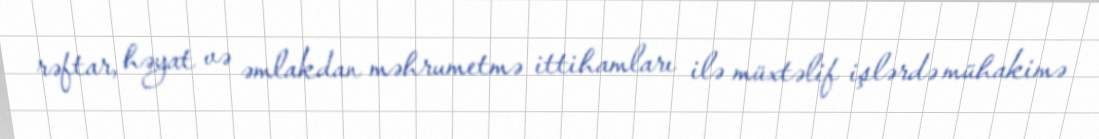
rəftar, həyat və əmlakdan məhrumetmə ittihamları ilə müxtəlif işlərdə mühakimə